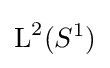
{\text{L}}^{2}(S^{1})